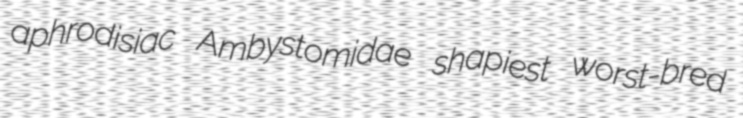
aphrodisiac Ambystomidae shapiest worst-bred